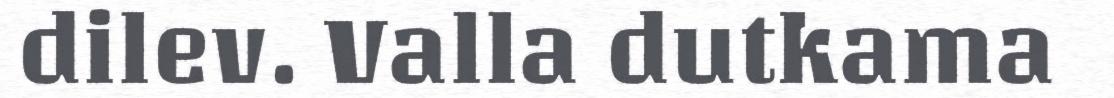
dilev. Valla dutkama